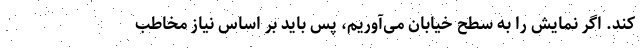
کند. اگر نمایش را به سطح خیابان می‌آوریم، پس باید بر اساس نیاز مخاطب